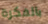
بالفكرة